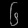
Digit: ၆